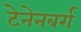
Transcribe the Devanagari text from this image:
टेनेनबर्ग